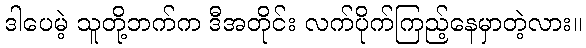
ဒါပေမဲ့ သူတို့ဘက်က ဒီအတိုင်း လက်ပိုက်ကြည့်နေမှာတဲ့လား။